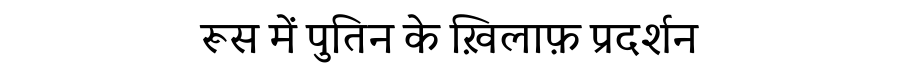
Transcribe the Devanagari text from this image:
रूस में पुतिन के ख़िलाफ़ प्रदर्शन